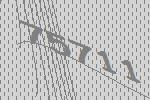
75711